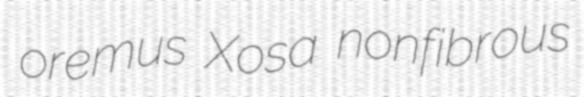
oremus Xosa nonfibrous